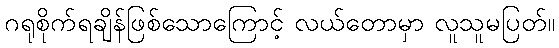
ဂရုစိုက်ရချိန်ဖြစ်သောကြောင့် လယ်တောမှာ လူသူမပြတ်။